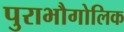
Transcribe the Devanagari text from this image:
पुराभौगोलिक